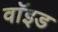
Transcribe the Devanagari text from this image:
वाॅइड